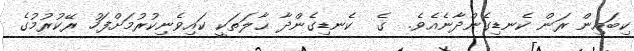
ކިބައިން ރަން ކެނޑިގެންދާނެއެވެ.  ގެ  ކެނޑިގެންދާ ޙާލަތަކީ ކައިވެނިކުރުމަށްފަހު ރޭކުރުމުގެ